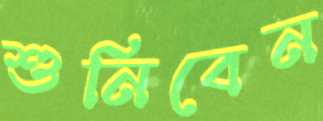
শুনিবেন